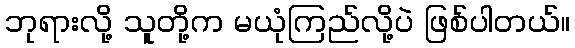
ဘုရားလို့ သူတို့က မယုံကြည်လို့ပဲ ဖြစ်ပါတယ်။